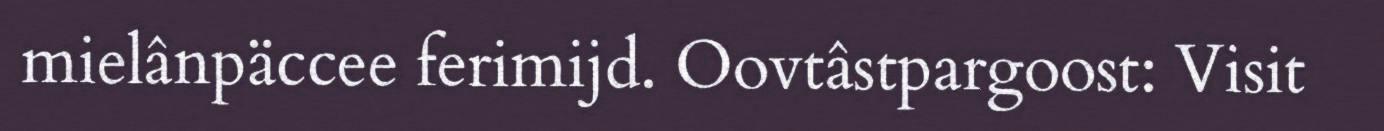
mielânpäccee ferimijd. Oovtâstpargoost: Visit